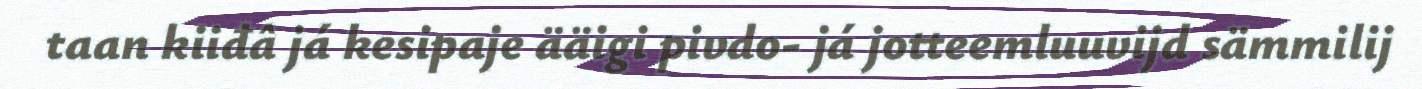
taan kiiđâ já kesipaje ääigi pivdo- já jotteemluuvijd sämmilij